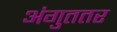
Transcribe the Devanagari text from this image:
अंगुततर